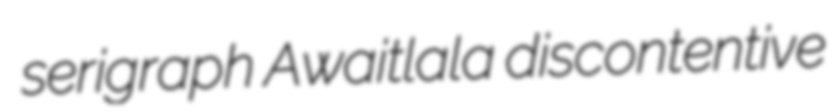
serigraph Awaitlala discontentive